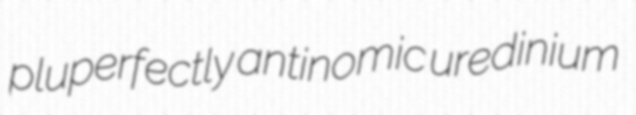
pluperfectly antinomic uredinium